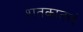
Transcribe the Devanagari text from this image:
शतकातलं